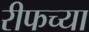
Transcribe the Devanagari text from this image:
रीफच्या